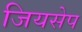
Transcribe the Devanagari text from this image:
जियसेप